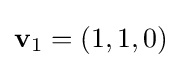
\mathbf {v} _{1}=(1,1,0)